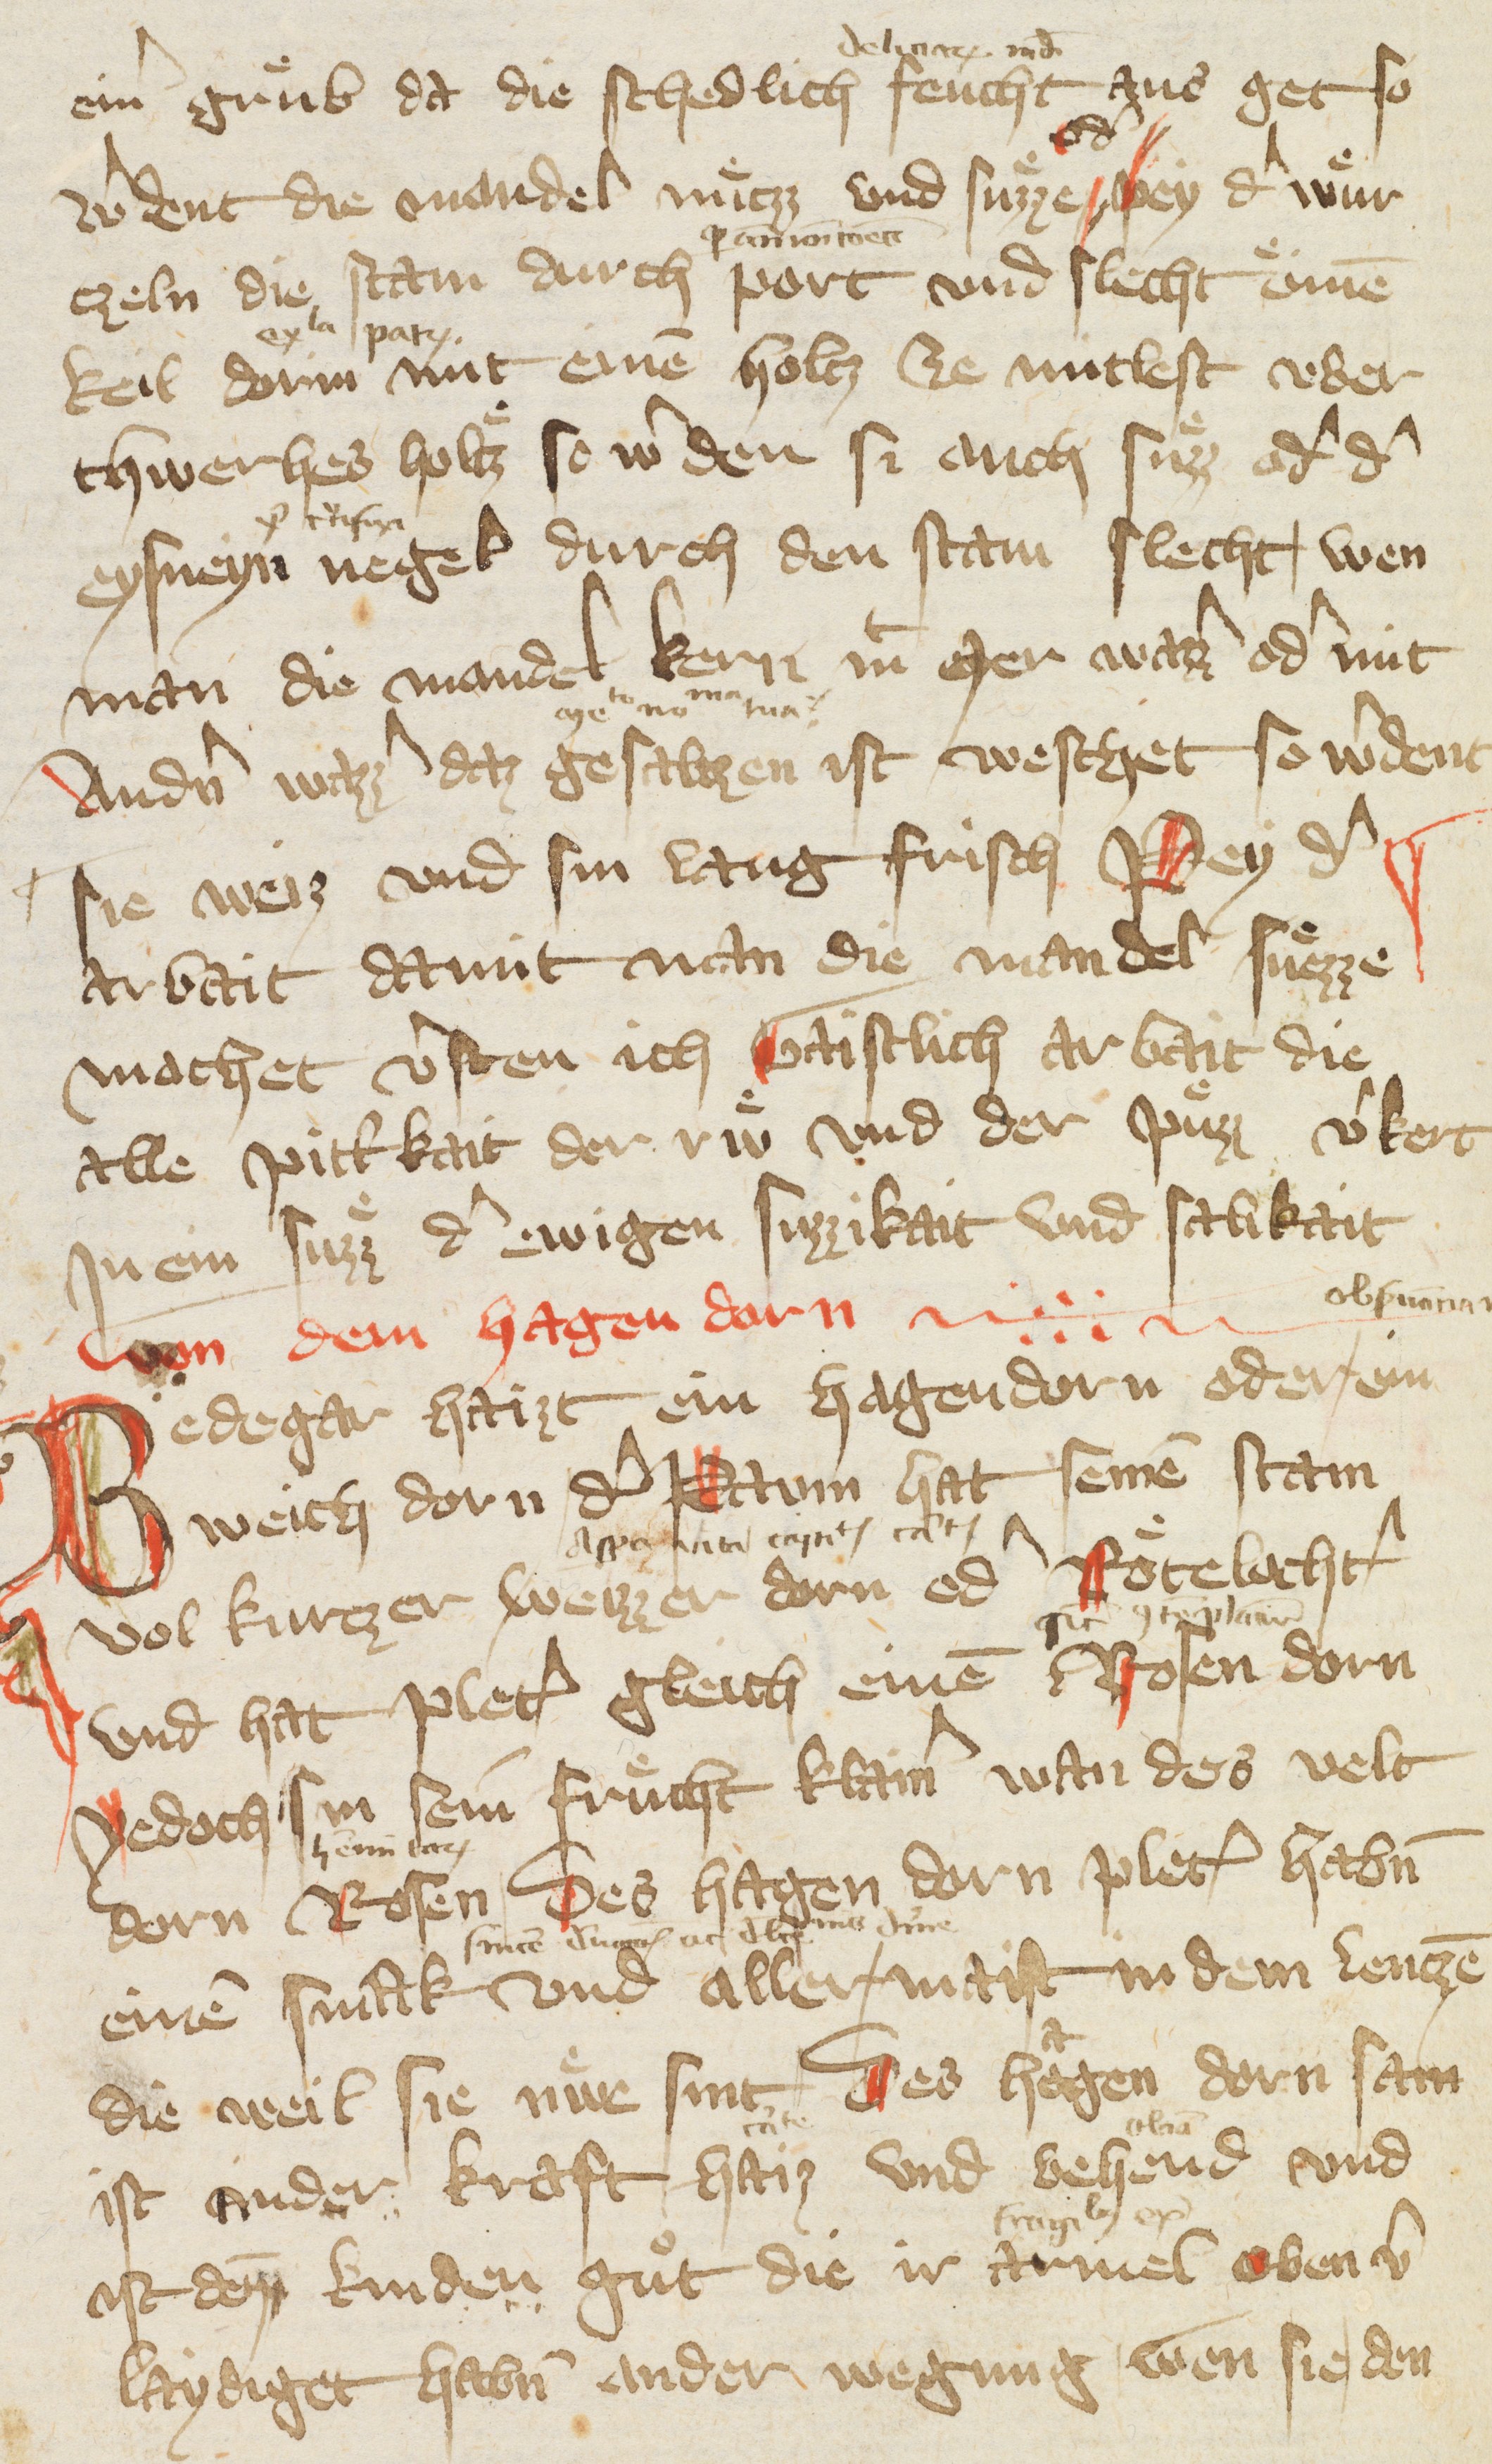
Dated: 1378–1378